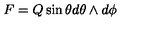
F = Q \sin \theta d \theta \wedge d \phi